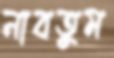
নাবতুম